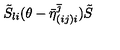
\tilde { S } _ { l i } ( \theta - \bar { \eta } _ { ( i j ) i } ^ { \overline { { \jmath } } } ) \tilde { S }